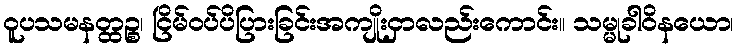
ဝူပသမနတ္ထဉ္စ၊ ငြိမ်ဝပ်ပိပြားခြင်းအကျိုးငှာလည်းကောင်း။ သမ္မုခါဝိနယော၊